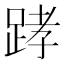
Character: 踍